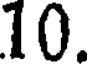
10.